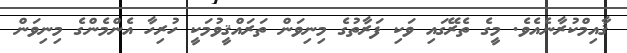
ޤާއިމްކުރާނެއެވެ. މީގެ ތެރޭގައި ވަކި ފަރާތުގެ މިނިވަން ތަރައްޤީވުމަކީ ހުރިހާ އެންމެންގެ މިނިވަން